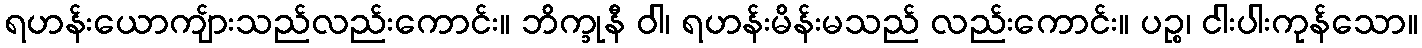
ရဟန်းယောကျ်ားသည်လည်းကောင်း။ ဘိက္ခုနီ ဝါ၊ ရဟန်းမိန်းမသည် လည်းကောင်း။ ပဉ္စ၊ ငါးပါးကုန်သော။